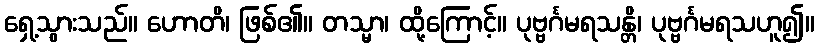
ရှေ့သွားသည်။ ဟောတိ၊ ဖြစ်၏။ တသ္မာ၊ ထို့ကြောင့်။ ပုဗ္ဗင်္ဂမရသန္တိ၊ ပုဗ္ဗင်္ဂမရသဟူ၍။